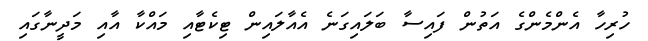
ހުރިހާ އެންމެންގެ އަތުން ފައިސާ ބަލައިގަނެ އެއާލައިން ޓިކެޓާއި މައްކާ އާއި މަދީނާގައި